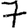
Digit: 7